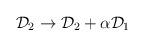
LaTeX: \begin{align*}{\cal D}_{2} \rightarrow {\cal D}_{2} + \alpha {\cal D}_{1}\end{align*}